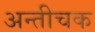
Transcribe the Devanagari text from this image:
अन्तीचक